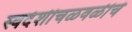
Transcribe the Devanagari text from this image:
स्वदेशीचळवळीचे